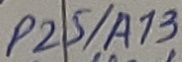
Text: P25/A13